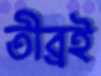
তীব্রই